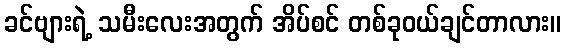
ခင်ဗျားရဲ့ သမီးလေးအတွက် အိပ်စင် တစ်ခုဝယ်ချင်တာလား။